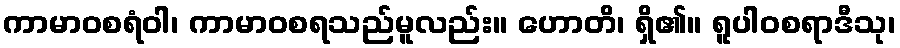
ကာမာဝစရံဝါ၊ ကာမာဝစရသည်မူလည်း။ ဟောတိ၊ ရှိ၏။ ရူပါဝစရာဒီသု၊